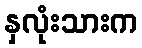
နှလုံးသားက